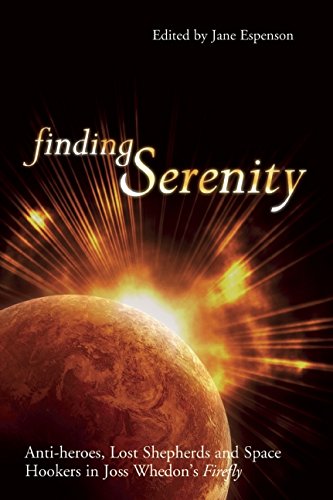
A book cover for Finding Serenity: Anti-heroes, Lost Shepherds and Space Hookers in Joss Whedon's Firefly (Smart Pop series); Humor & Entertainment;